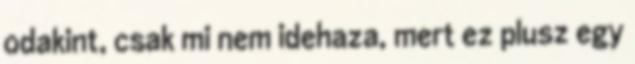
odakint, csak mi nem idehaza, mert ez plusz egy